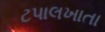
ટપાલખાતા